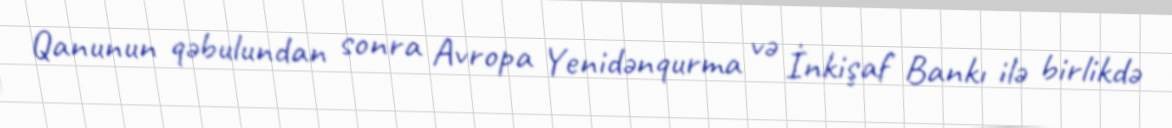
Qanunun qəbulundan sonra Avropa Yenidənqurma və İnkişaf Bankı ilə birlikdə